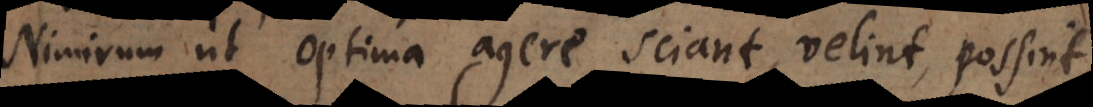
nimirum, ut optima agere sciant, velint, possint.